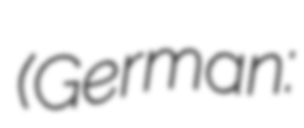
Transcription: (German: